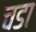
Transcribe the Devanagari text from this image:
चडा